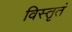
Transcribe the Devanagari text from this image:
विस्तृतं